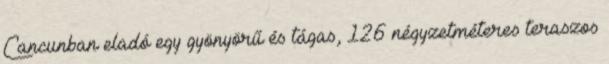
Cancunban eladó egy gyönyörű és tágas, 126 négyzetméteres teraszos